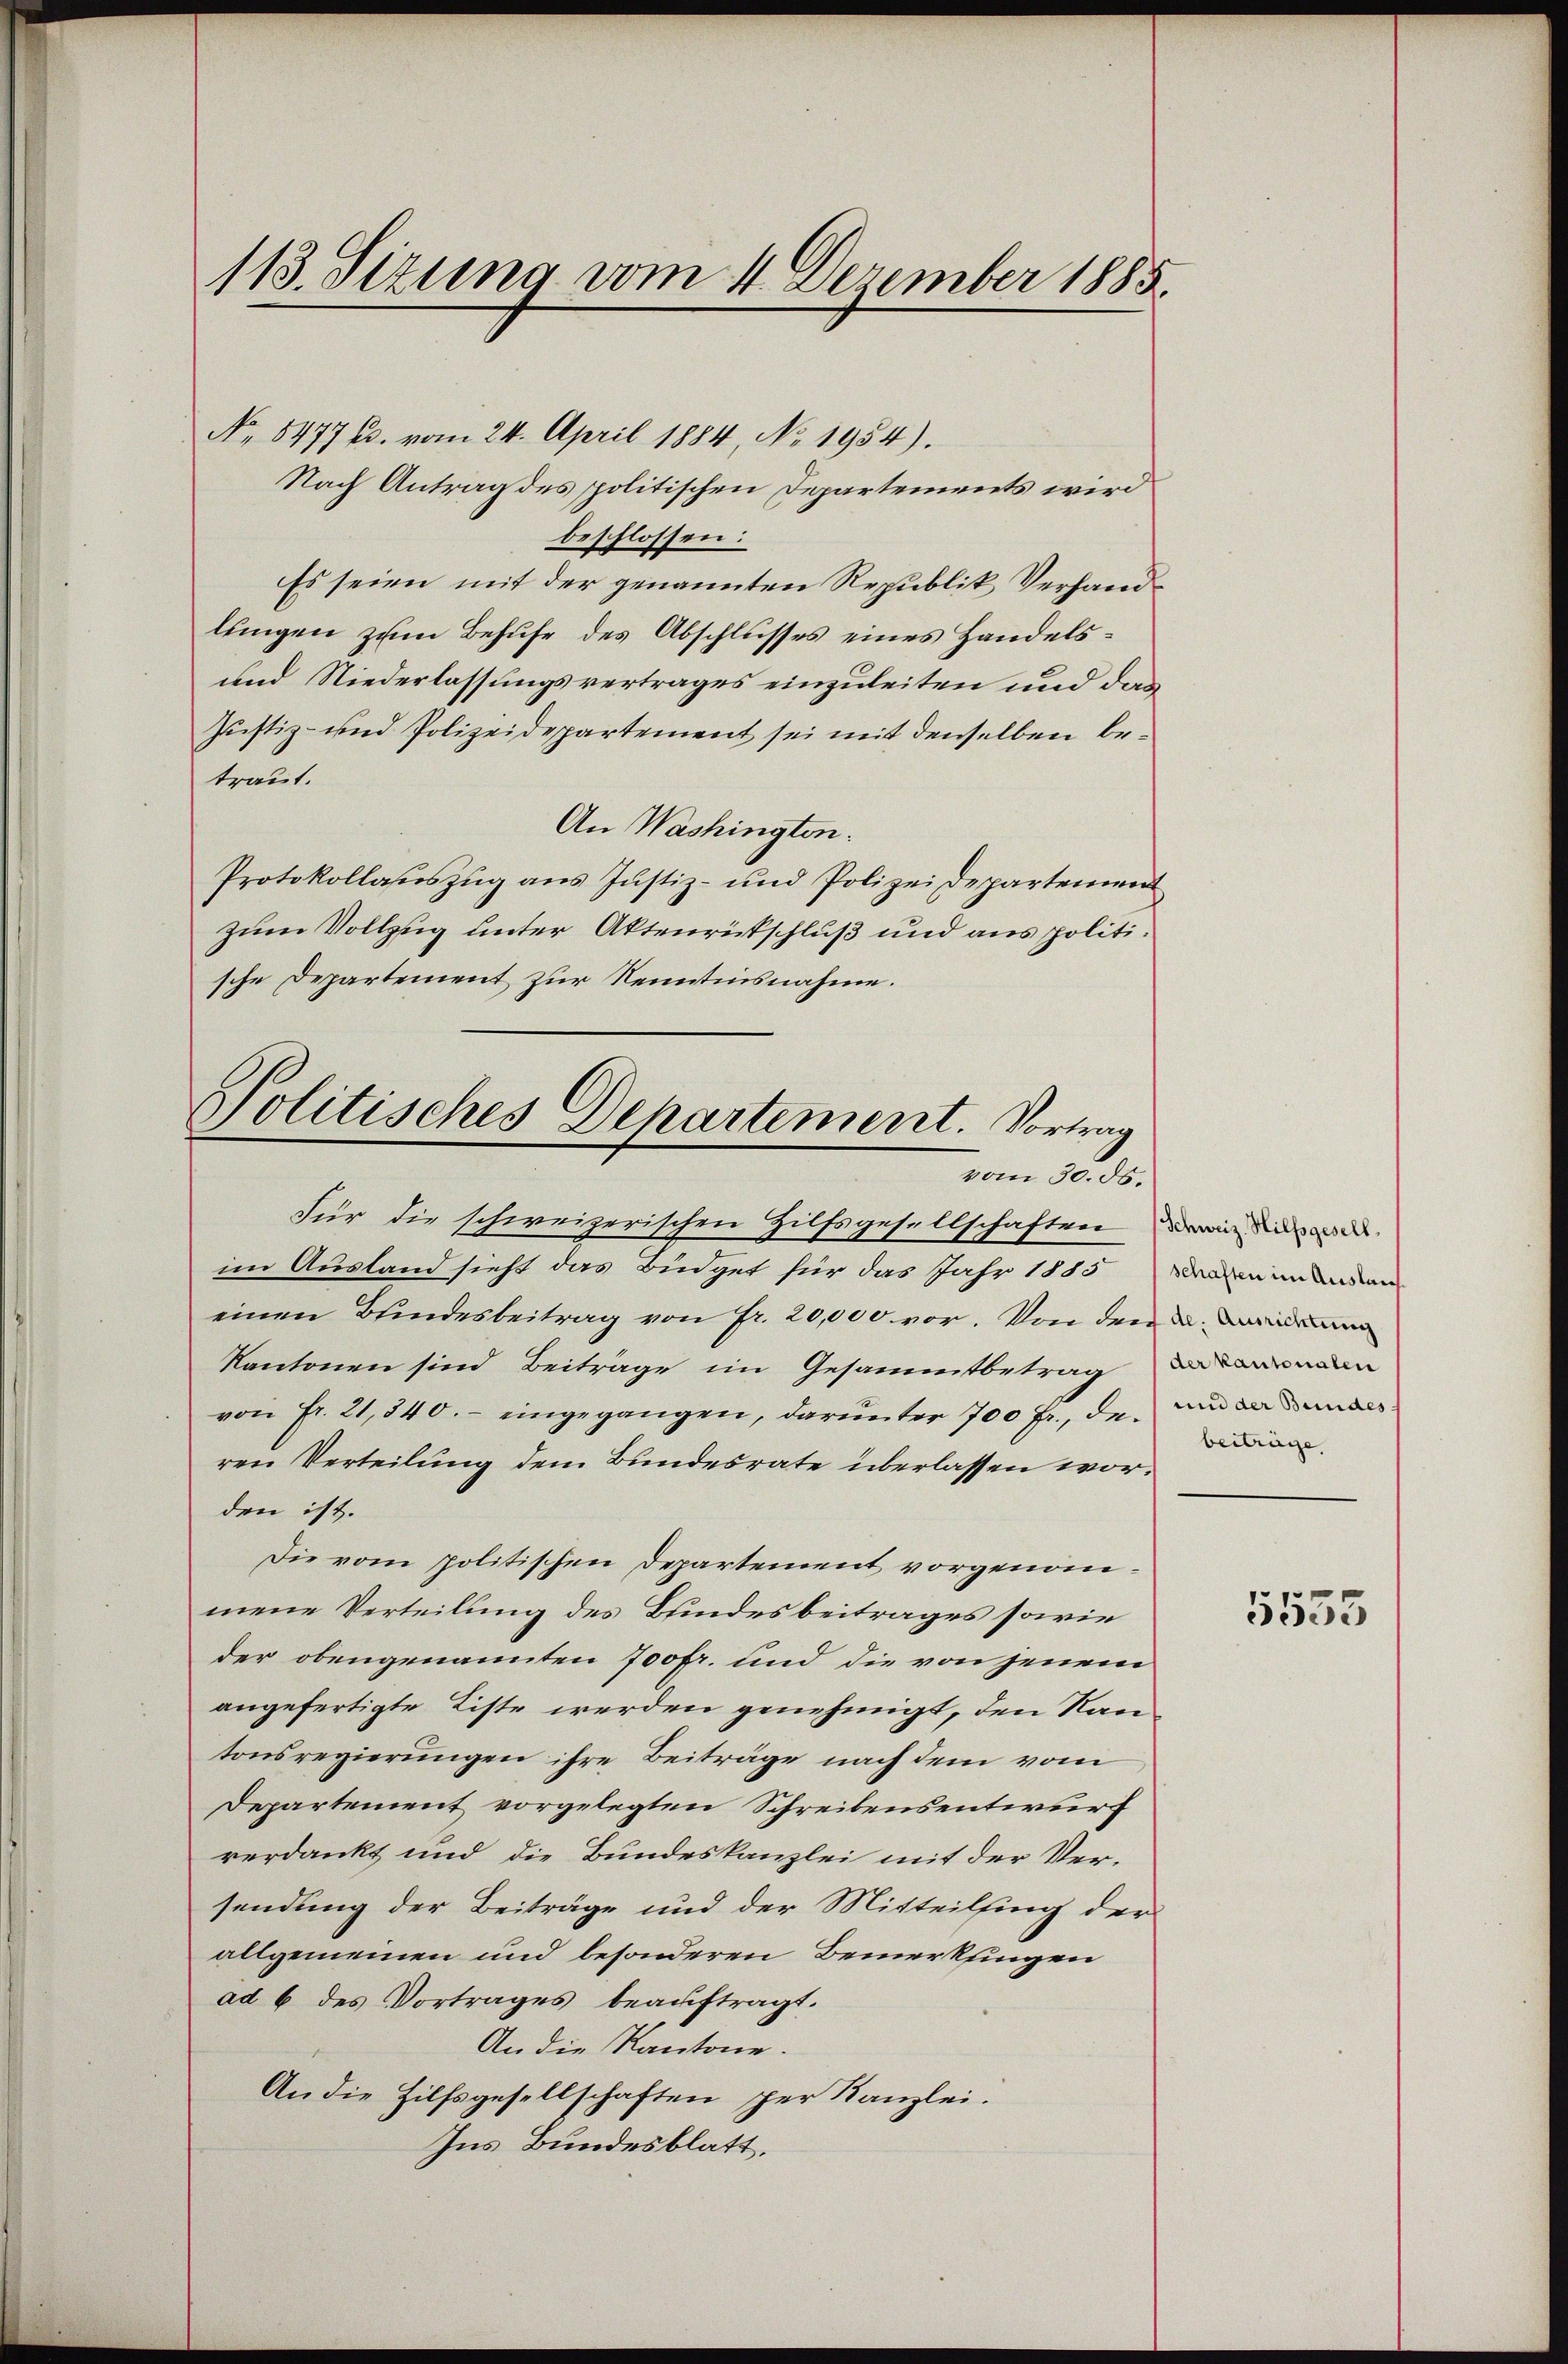
113. Sizung vom 4. Dezember 1885

No 8477 (s. vom 24. April 1884, No. 1954).
Nach Antrag des politischen Departements wird
beschlossen:
Es seien mit der genannten Republik Verhandlungen zum Behufe des Abschlusses eines Handels¬
und Niederlassungsvertrages einzuleiten und das
Justiz- und Polizeidepartement sei mit denselben betraut.
An Washingten.
Protokollauszug aus Justiz- und Polizeidepartement
zum Vollzug unter Aktenrückschluß und aus politische Departement zur Kenntnisnahme.

Politisches Departement. Vortrag
vom 30. ds.
Für die schweizerischen Hilfsgesellschaften, wie dies de

im Ausland sieht das Büdget für das Jahr 1885 Dammenden
einen Bundesbeitrag von fr. 20,000 vor. Von den u. And
Kantonen sind Beiträge im Gesammtbetrag
von Fr. 21,840.- eingegangen, darunter 700 fr., den und dann
ren Verteilung dem Bundesrate überlassen worden ist.
Die vom politischen Departement vorgenommene Verteilung des Bundesbeitrages sowie
der obengenannten 700fr. und die von jenem
angefertigte Liste werden genehmigt, den Nan
tonsregierungen ihre Beiträge nach dem vom
Departement vorgelegten Schreibensentwurf
verdankt und die Bundeskanzlei mit der Versendung der Beiträge und der Mitteilsing der
allgemeinen und besonderen Bemerkungen
ad 6 des Vortrages beauftragt.
An die Kantone.
An die Hilfsgesellschaften per Kanzlei.
Ins Bundesblatt,

beiträge

5555